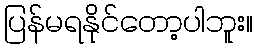
ပြန်မရနိုင်တော့ပါဘူး။